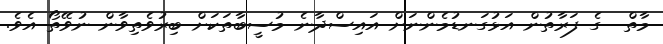
މާތް  ގެ ފަރާތުން އަޅުގަނޑުމެންނަށް އައިސްދާނެ މުސީބާތަކަށް ބިރުވެތިވާން ނުވޭތޯ އެވެ.